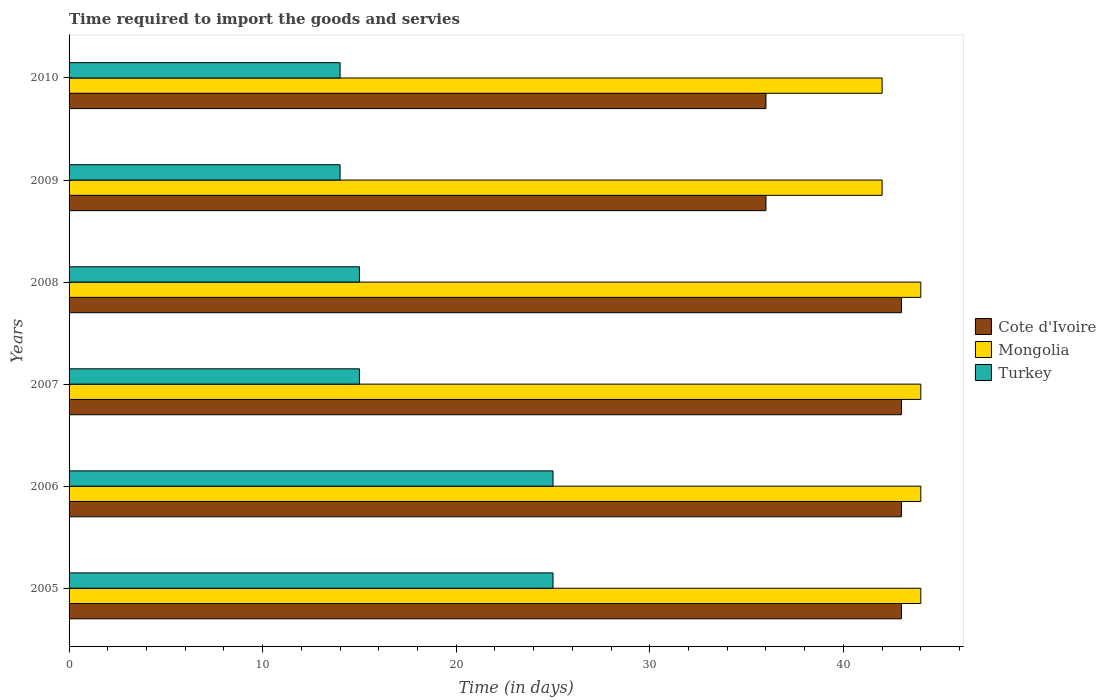
| Years | Cote d'Ivoire | Mongolia | Turkey |
 | --- | --- | --- | --- |
 | 2005 | 43 | 44 | 25 |
 | 2006 | 43 | 44 | 25 |
 | 2007 | 43 | 44 | 15 |
 | 2008 | 43 | 44 | 15 |
 | 2009 | 36 | 42 | 14 |
 | 2010 | 36 | 42 | 14 |